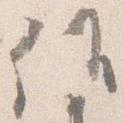
候